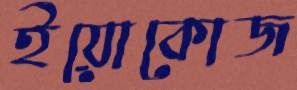
ইয়োকোজ